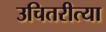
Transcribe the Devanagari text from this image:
उचितरीत्या